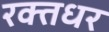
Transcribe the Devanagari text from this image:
रक्तधर